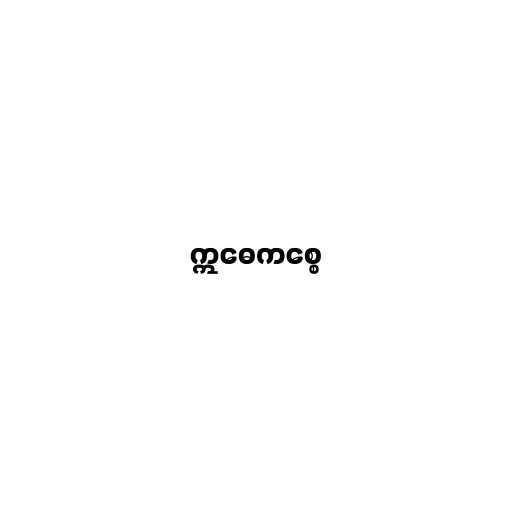
ဣဓေကစ္စေ